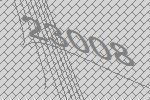
23008